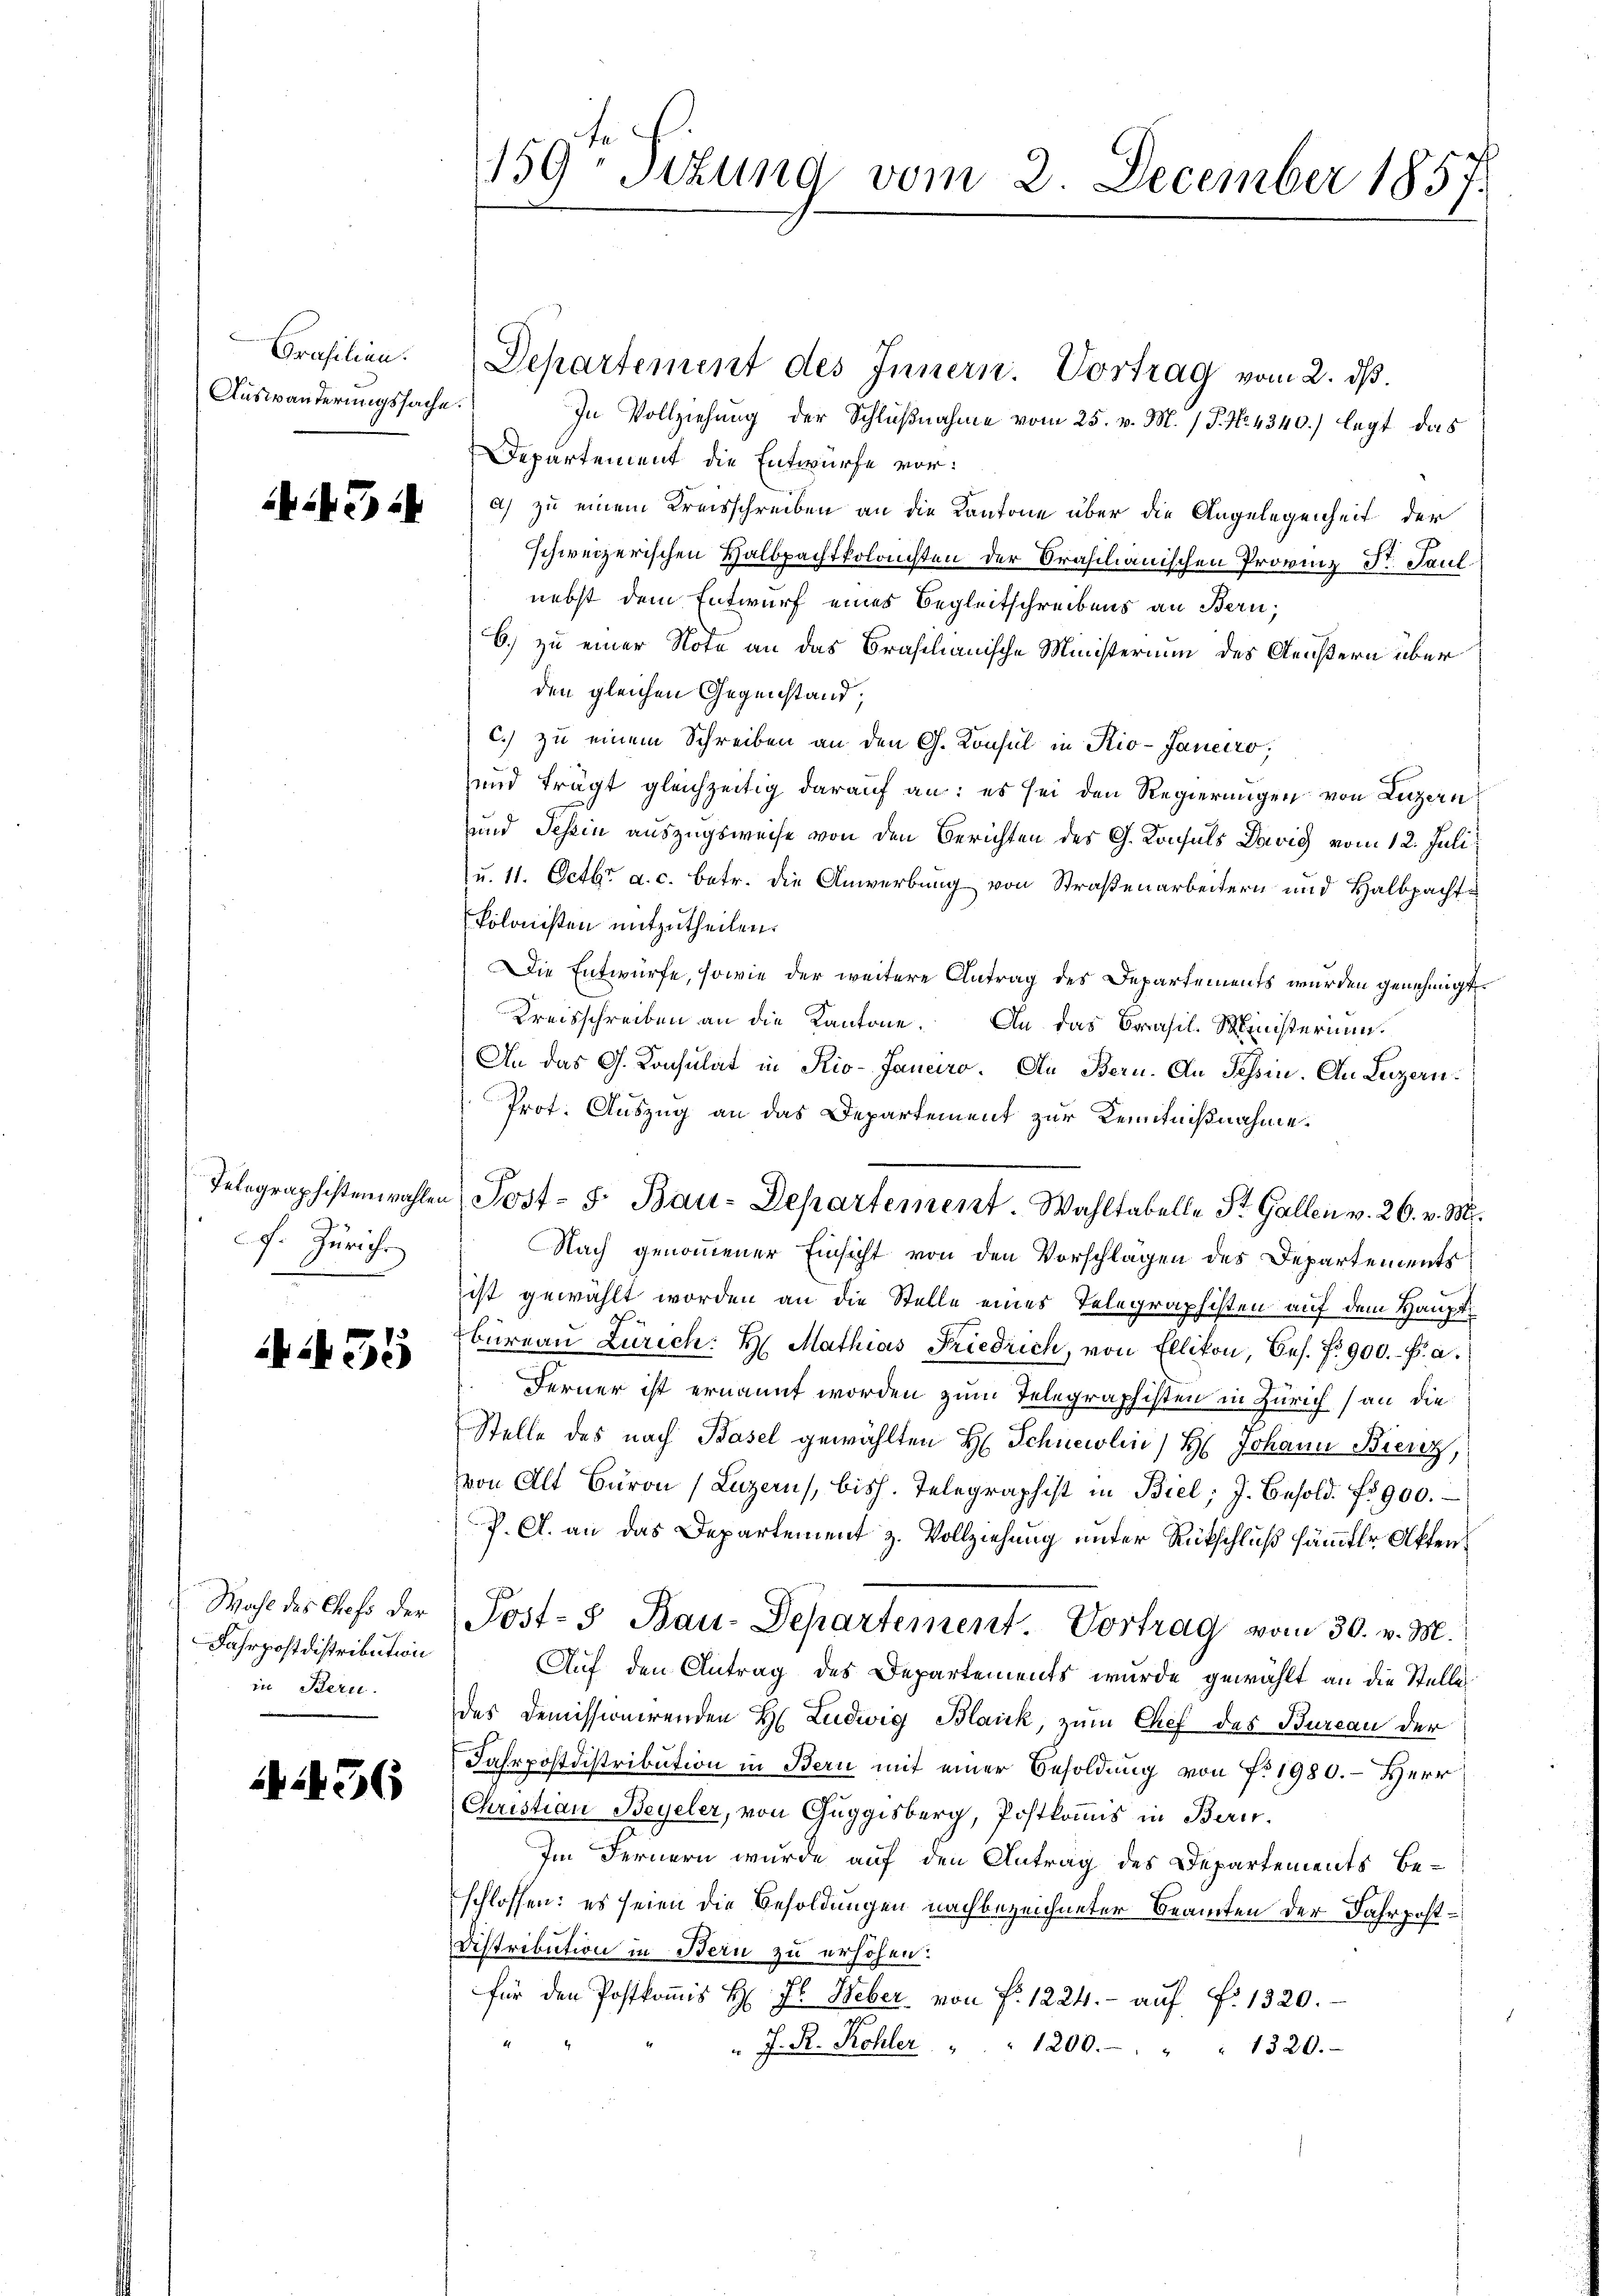
Prasilien.
Auswanderungssache.

7) i

J. Zürich

435

Wahl des Chefs der
Fahrpostdistribution
in Bern.

1456

159. Sitzung vom 2. December 1857.

Departement des Innern. Vortrag vom 2. ds.
In Vollziehung der Schlußnahme vom 25. v. M. / P. Nr. 4340.) legt das
Departement die Entwürfe vor:
a) zu einem Kreisschreiben an die Kantone über die Angelegenheit der
schweizerischen Halbpachtkolansten der Brasilianischen Provinz Sr. Paul
nebst dem Entwurf eines Begleitschreibens an Bern,
6.) zu einer Note an das Brasilianische Ministerium des Aeußern über
den gleichen Gegenstand;
c.) zu einem Schreiben an den G. Konsul in Rio-Janeiro,
und trägt gleichzeitig darauf an: es sei den Regierungen von Luzern
und Tessin auszugsweise von den Berichten des G. Konsuls Davis vom 12. Juli
u. 11. Octbr. a. c. betr. die Anwerbung von Straßenarbeitern und Halbpachte
Polonisten mitzutheilen.
Die Entwürfe, sowie der weitere Antrag des Departements wurden genehmigt.
Kreisschreiben an die Kantone. An das Brasil-Ministerium
An das G. Konsulat in Rio-Janeiro. An Bern. An Tessin. An Luzern.
Prot. Auszug an das Departement zur Kenntnißnahme.
Nach genommener Einsicht von den Vorschlägen des Departements
ist gewählt worden an die Stelle eines Telegraphisten auf dem Hauptbüreaŭ Zürich: H. Mathias Friedrich, von Ellikon, bes. fr. 900.- Fr. a.
Ferner ist ernannt worden zum Telegraphisten in Zürich an die
Stelle des nach Basel gewählten H. Schneidlin, H. Johann Bierz,
von Alt Baron (Luzern, bish. Telegraphist in Biel; J. Besold. fr. 900.
P. C. an das Departement z. Vollziehung unter Rückschluß sämmter Akten
Jost- & Bau-Departement. Vortrag vom 30. v. M.
Auf den Antrag des Departements wurde gewählt an die Stelle
des Demissionirenden H. Ludwig Blaick, zum Chef des Bureau der
Jahrpostdistribution in Bern mit einer Besoldung von No 1980. – Herr
Christian Begeler, von Guggisberg, Postkommis in Bau¬
Im Fernern wurde auf den Antrag des Departements Beschlossen: es seien die Besoldungen nachbezeichneter Beamten der Jahrpost¬
Distribution in Bern zu erhöhen.
für den Postkoṁis H. J. Weber von fr. 1224.- aŭf f. 1320.
" J. R. Kohler " " 1200. " " " 1320.

Telegraphistenwahlen Post- 5. Bau-Departement. Wahltabelle St. Gallen v. 26. v. M.